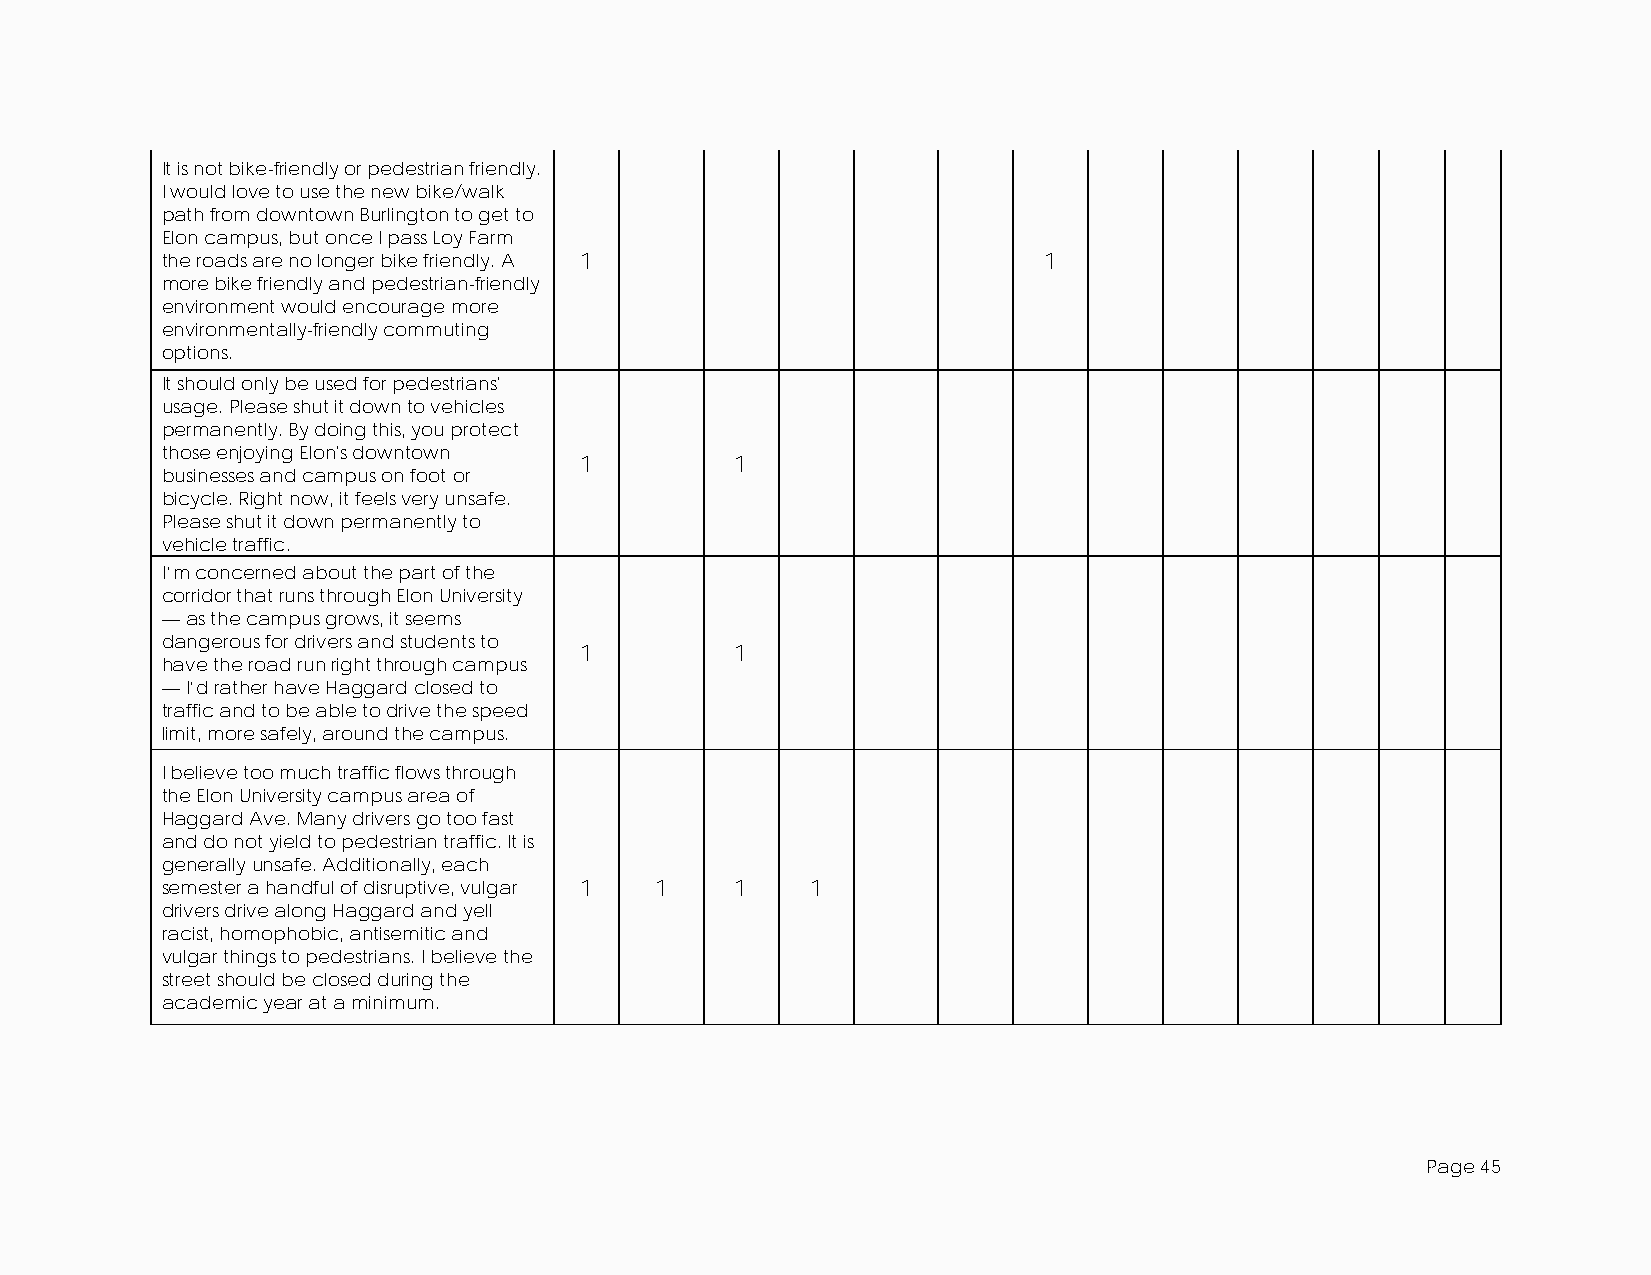
It is not bike-friendly or pedestrian friendly.
 I would love to use the new bike/walk
 path from downtown Burlington to get to
 Elon campus, but once I pass Loy Farm
 the roads are no longer bike friendly. A 1                1
 more bike friendly and pedestrian-friendly
 environment would encourage more
 environmentally-friendly commuting
 options.
 It should only be used for pedestrians'
 usage. Please shut it down to vehicles
 permanently. By doing this, you protect
 those enjoying Elon's downtown
 1          1
 businesses and campus on foot or
 bicycle. Right now, it feels very unsafe.
 Please shut it down permanently to
 vehicle traffic.
 I’m concerned about the part of the
 corridor that runs through Elon University
 — as the campus grows, it seems
 dangerous for drivers and students to
 1          1
 have the road run right through campus
 — I’d rather have Haggard closed to
 traffic and to be able to drive the speed
 limit, more safely, around the campus.
 I believe too much traffic flows through
 the Elon University campus area of
 Haggard Ave. Many drivers go too fast
 and do not yield to pedestrian traffic. It is
 generally unsafe. Additionally, each
 semester a handful of disruptive, vulgar 1 1 1 1
 drivers drive along Haggard and yell
 racist, homophobic, antisemitic and
 vulgar things to pedestrians. I believe the
 street should be closed during the
 academic year at a minimum.
 Page 45